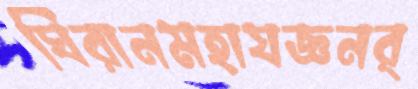
ঘিরানমহাযজ্ঞনর্